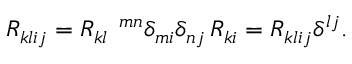
R _ { k l i j } = R _ { k l } ^ { \quad m n } \delta _ { m i } \delta _ { n j } \, R _ { k i } = R _ { k l i j } \delta ^ { l j } .